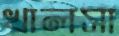
খালসা